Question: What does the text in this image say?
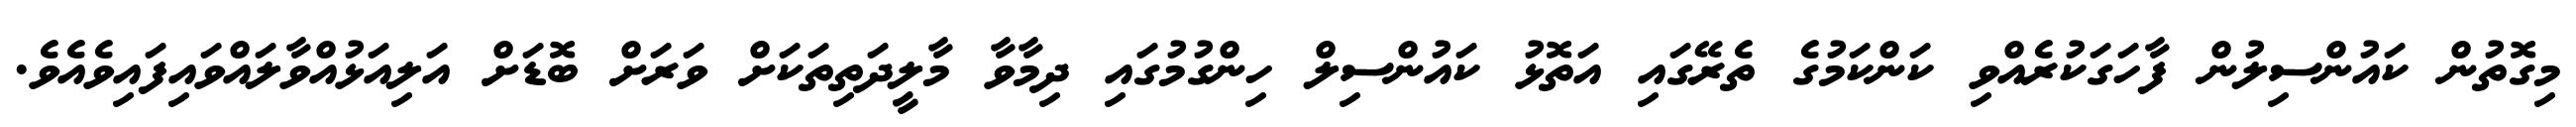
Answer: މިގޮތުން ކައުންސިލުން ފާހަގަކުރެއްވި ކަންކަމުގެ ތެރޭގައި އަތޮޅު ކައުންސިލް ހިންގުމުގައި ދިމާވާ މާލީދަތިތަކަށް ވަރަށް ބޮޑަށް އަލިއަޅުއްވާލައްވައިފައިވެއެވެ.